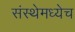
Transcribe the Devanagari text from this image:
संस्थेमध्येच